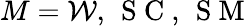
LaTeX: M=\mathcal{W},\, \mathrm{~S~C~},\, \mathrm{~S~M~}